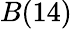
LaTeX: B(14)